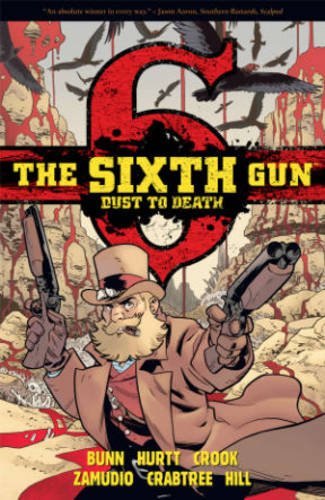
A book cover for The Sixth Gun: Dust to Death; Cullen Bunn; Comics & Graphic Novels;